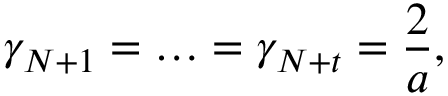
\gamma _ { N + 1 } = \ldots = \gamma _ { N + t } = \frac { 2 } { a } ,